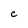
Character: C